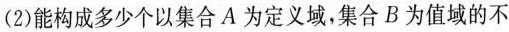
(2)能构成多少个以集合A为定义域，集合B为值域的不